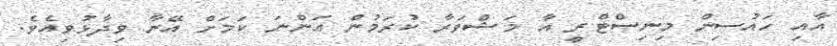
އާއި ހައުސިން މިނިސްޓްރީ އާ މަޝްވަރާ ކުރަމުން އަންނަ ކަމަށް އޭނާ ވިދާޅުވިއެވެ.